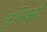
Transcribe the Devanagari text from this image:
कृत्तिवसी